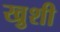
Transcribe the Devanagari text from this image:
खु़शी